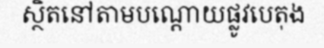
ស្ថិតនៅតាមបណ្តោយផ្លូវបេតុង